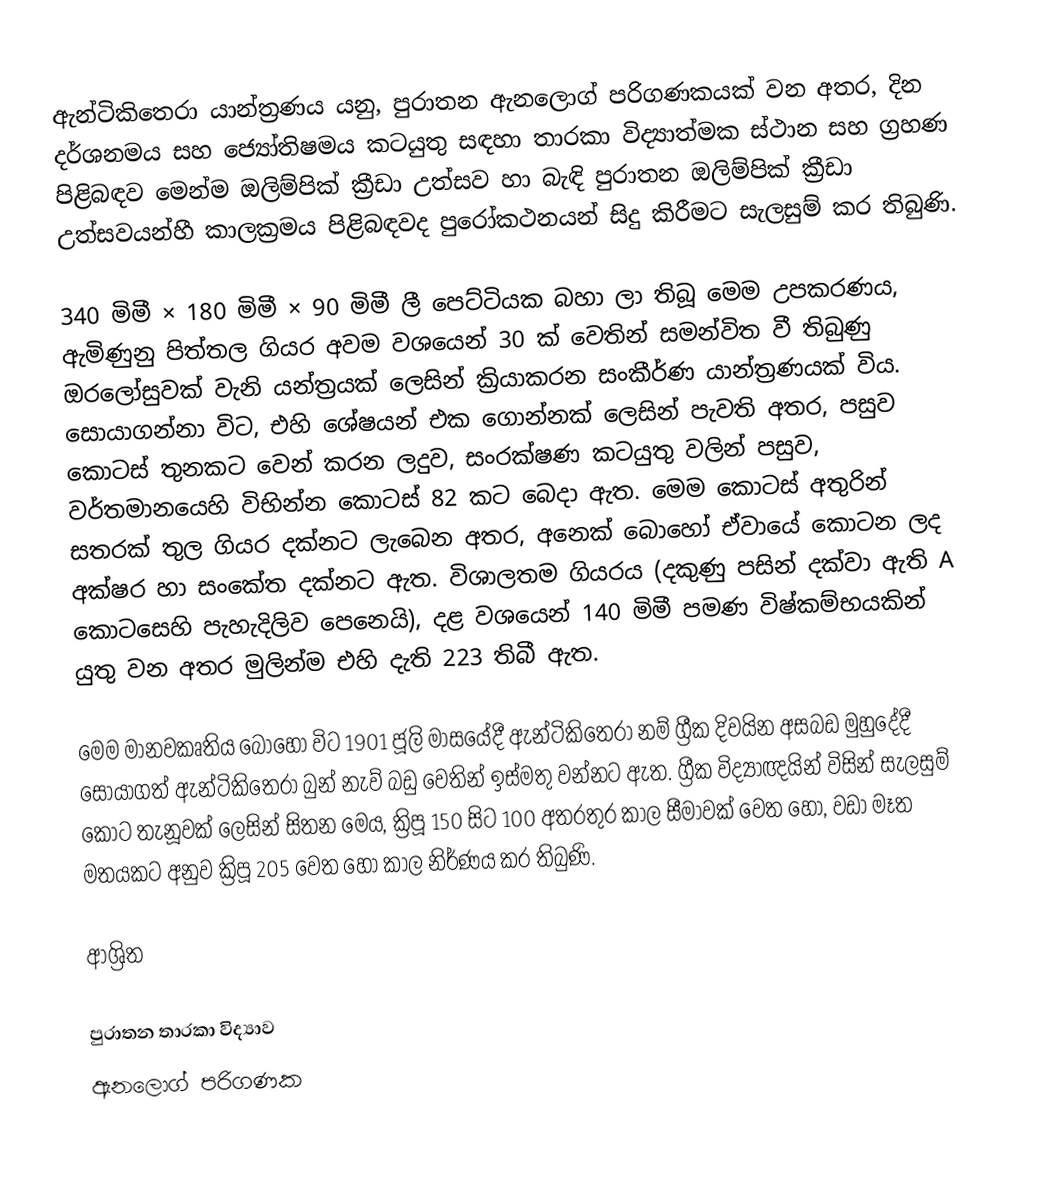
ඇන්ටිකිතෙරා යාන්ත්‍රණය යනු, පුරාතන ඇනලොග් පරිගණකයක් වන අතර, දින දර්ශනමය සහ  ජ්‍යෝතිෂමය කටයුතු සඳහා තාරකා විද්‍යාත්මක ස්ථාන සහ  ග්‍රහණ පිළිබඳව මෙන්ම  ඔලිම්පික් ක්‍රීඩා උත්සව හා බැඳි  පුරාතන ඔලිම්පික් ක්‍රීඩා උත්සවයන්හී කාලක්‍රමය පිළිබඳවද පුරෝකථනයන් සිදු කිරීමට සැලසුම් කර තිබුණි.

340 මිමී × 180 මිමී × 90 මිමී ලී පෙට්ටියක බහා ලා තිබූ මෙම උපකරණය, ඇමිණුනු පිත්තල ගියර අවම වශයෙන් 30 ක් වෙතින් සමන්විත වී තිබුණු ඔරලෝසුවක් වැනි යන්ත්‍රයක් ලෙසින් ක්‍රියාකරන සංකීර්ණ යාන්ත්‍රණයක් විය. සොයාගන්නා විට,  එහි ශේෂයන් එක ගොන්නක් ලෙසින් පැවති අතර, පසුව කොටස් තුනකට වෙන් කරන ලදුව, සංරක්ෂණ කටයුතු වලින් පසුව, වර්තමානයෙහි විභින්න කොටස් 82 කට බෙදා ඇත. මෙම කොටස් අතුරින් සතරක් තුල ගියර දක්නට ලැබෙන අතර, අනෙක් බොහෝ ඒවායේ කොටන ලද අක්ෂර හා සංකේත දක්නට ඇත. විශාලතම ගියරය (දකුණු පසින් දක්වා ඇති A කොටසෙහි පැහැදිලිව පෙනෙයි), දළ වශයෙන් 140 මිමී පමණ විෂ්කම්භයකින් යුතු වන අතර මුලින්ම එහි දැති  223 තිබී ඇත.

මෙම මානවකෘතිය බොහෝ විට  1901 ජූලි මාසයේදී ඇන්ටිකිතෙරා  නම් ග්‍රීක දිවයින අසබඩ මුහුදේදී සොයාගත්  ඇන්ටිකිතෙරා බුන් නැව් බඩු වෙතින් ඉස්මතු වන්නට ඇත.  ග්‍රීක විද්‍යාඥයින් විසින් සැලසුම් කොට තැනූවක් ලෙසින් සිතන මෙය, ක්‍රිපූ 150 සිට 100 අතරතුර කාල සීමාවක් වෙත හෝ, වඩා මෑත මතයකට අනුව  ක්‍රිපූ 205 වෙත හෝ කාල නිර්ණය කර තිබුණි.

ආශ්‍රිත

පුරාතන තාරකා විද්‍යාව
ඇනලොග් පරිගණක